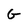
Character: G